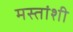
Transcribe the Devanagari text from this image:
मस्तांशी